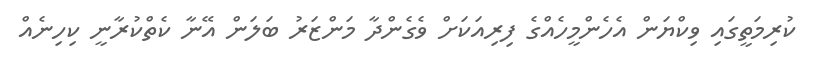
ކުރިމަތީގައި ވިކްޔަން އެހެންމީހެއްގެ ފިރިއަކަށް ވެގެންދާ މަންޒަރު ބަލަން އޭނާ ކެތްކުރާނީ ކިހިނެއް